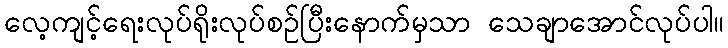
လေ့ကျင့်ရေးလုပ်ရိုးလုပ်စဉ်ပြီးနောက်မှသာ သေချာအောင်လုပ်ပါ။